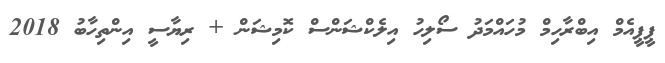
ޕީޕީއެމް އިބްރާހިމް މުހައްމަދު ސޯލިހު އިލެކްޝަންސް ކޮމިޝަން + ރިޔާސީ އިންތިހާބު 2018